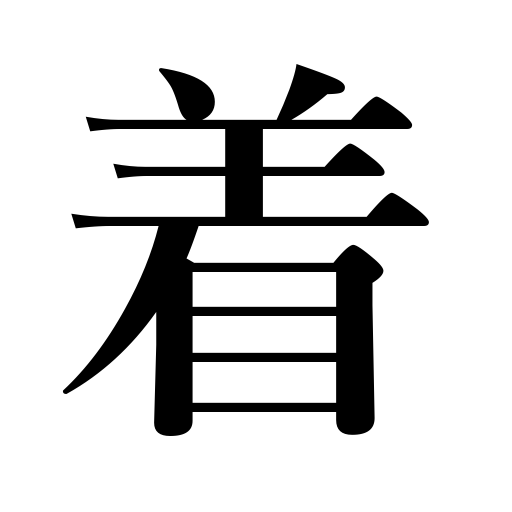
Meanings: blame for,gild,dress,arrive at,finish in a race,coat,impute a crime to,attain to,put on,race counter,wear,cover,clothe,reach,veneer,arrival,plate